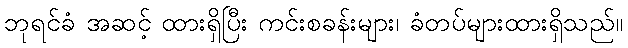
ဘုရင်ခံ အဆင့် ထားရှိပြီး ကင်းစခန်းများ၊ ခံတပ်များထားရှိသည်။